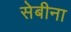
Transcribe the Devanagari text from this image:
सेबीना